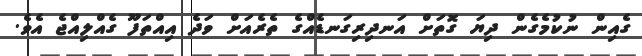
ގެއިން ނުކުމެގެން ދިޔަ ގޮތަށް އަނދިރިގަނޑެއްގެ ތެރެއަށް ވަދެ އިއްތަފޫ ގެއްލިއްޖެ އެވެ.